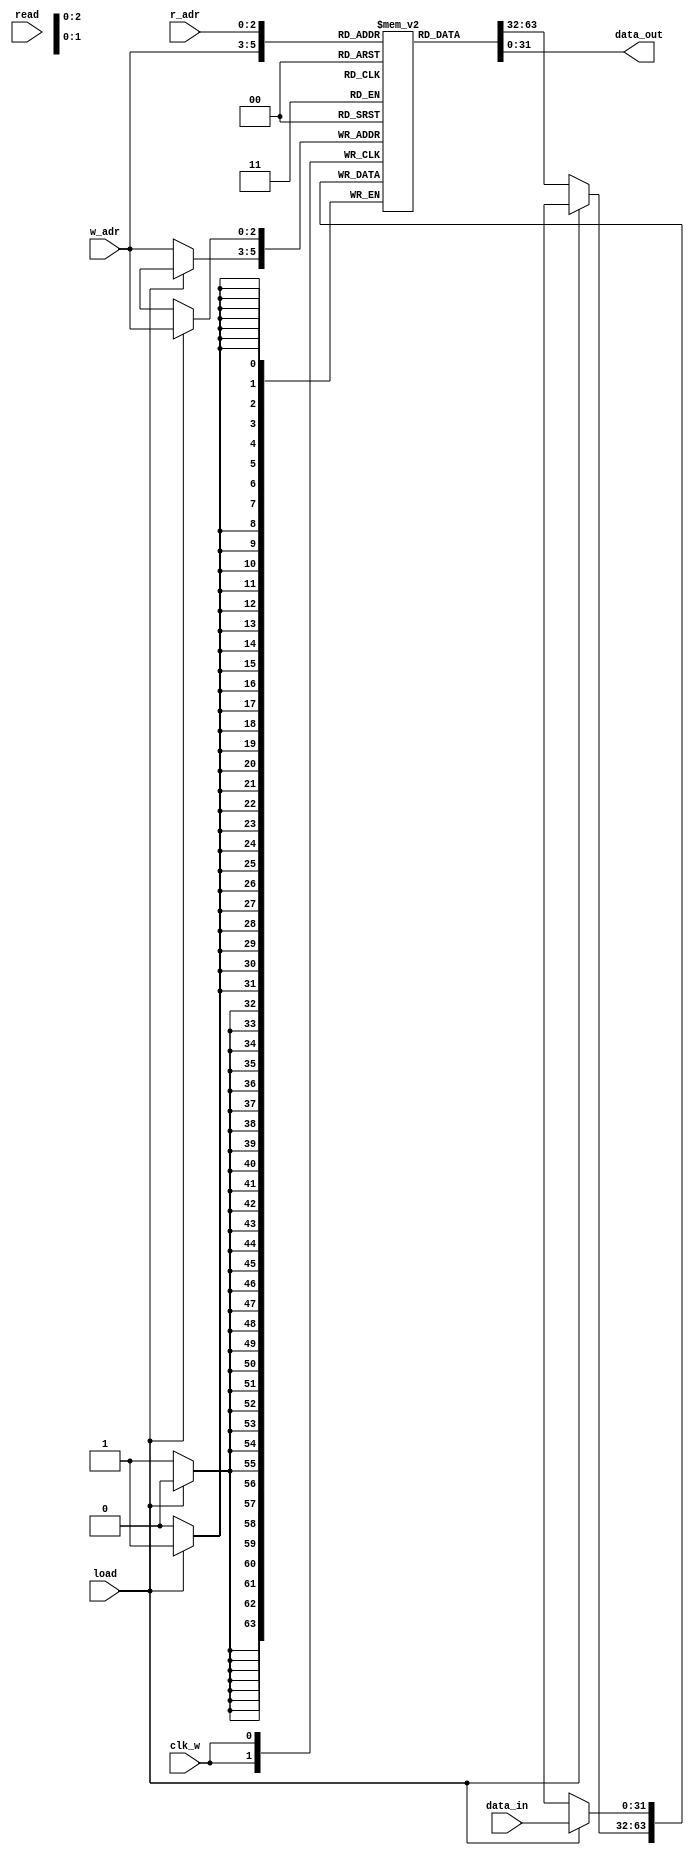
`timescale 1ns / 1ps
//////////////////////////////////////////////////////////////////////////////////
// Company: 
// Engineer: 
// 
// Design Name: 
// Module Name: memory
// Project Name: 
// Target Devices: 
// Tool Versions: 
// Description: 
// 
// Dependencies: 
// 
// Revision:
// Revision 0.01 - File Created
// Additional Comments:
// 
//////////////////////////////////////////////////////////////////////////////////


module memory#(parameter width = 32, parameter depth = 8,parameter adr_width = $clog2(depth))(

    
    input wire [width-1:0] data_in,
    input wire [adr_width-1:0] w_adr,
    input wire [adr_width-1:0] r_adr,
    input wire load,
    input wire read,
    input wire clk_w,
    output wire [width-1:0]data_out

    );
    
    (* ram_style = "block" *)  reg [width-1:0] mem [depth-1:0];
    
    always @(posedge clk_w) begin
        if(load)
            mem[w_adr] <= data_in;
        else
            mem[w_adr] <= mem[w_adr];
    end

    assign data_out = mem[r_adr];
    
endmodule